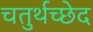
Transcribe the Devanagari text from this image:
चतुर्थच्छेद